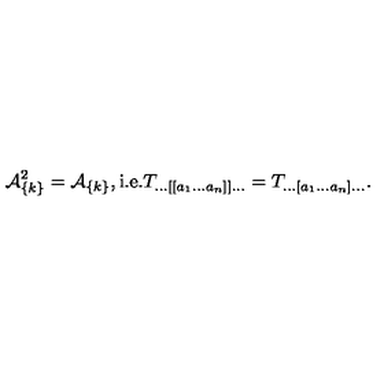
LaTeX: { \cal A } _ { \{ k \} } ^ { 2 } = { \cal A } _ { \{ k \} } , \mathrm { i . e . } T _ { \ldots [ [ a _ { 1 } \ldots a _ { n } ] ] \ldots } = T _ { \ldots [ a _ { 1 } \ldots a _ { n } ] \ldots } .